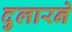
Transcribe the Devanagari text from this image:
दुलारने